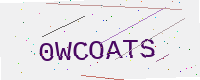
Text: 0WCOATS